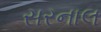
સરનાલ